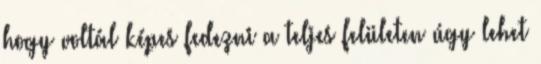
hogy voltál képes fedezni a teljes felületen úgy lehet